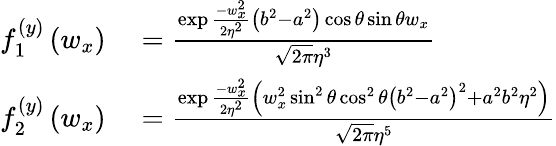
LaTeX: \begin{array}{rl}{f_{1}^{(y)}\left(w_{x}\right)}&{{}=\frac{\exp\frac{-w_{x}^{2}}{2\eta^{2}}\left(b^{2}-a^{2}\right)\cos\theta\sin\theta w_{x}}{\sqrt{2\pi}\eta^{3}}}\\ {f_{2}^{(y)}\left(w_{x}\right)}&{{}=\frac{\exp\frac{-w_{x}^{2}}{2\eta^{2}}\left(w_{x}^{2}\sin^{2}\theta\cos^{2}\theta\left(b^{2}-a^{2}\right)^{2}+a^{2}b^{2}\eta^{2}\right)}{\sqrt{2\pi}\eta^{5}}}\end{array}